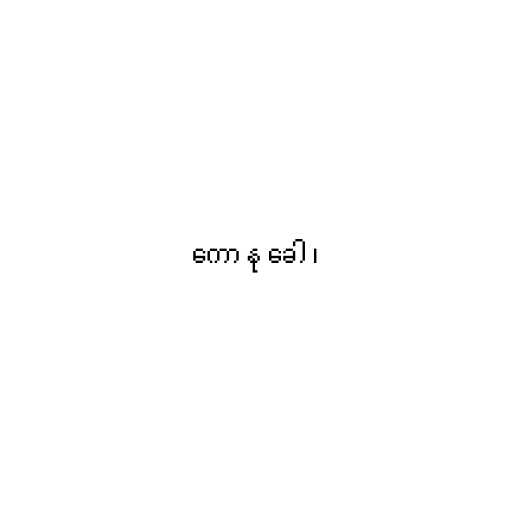
ကော နု ခေါ ၊